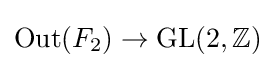
\mathrm {Out} (F_{2})\to \mathrm {GL} (2,\mathbb {Z} )